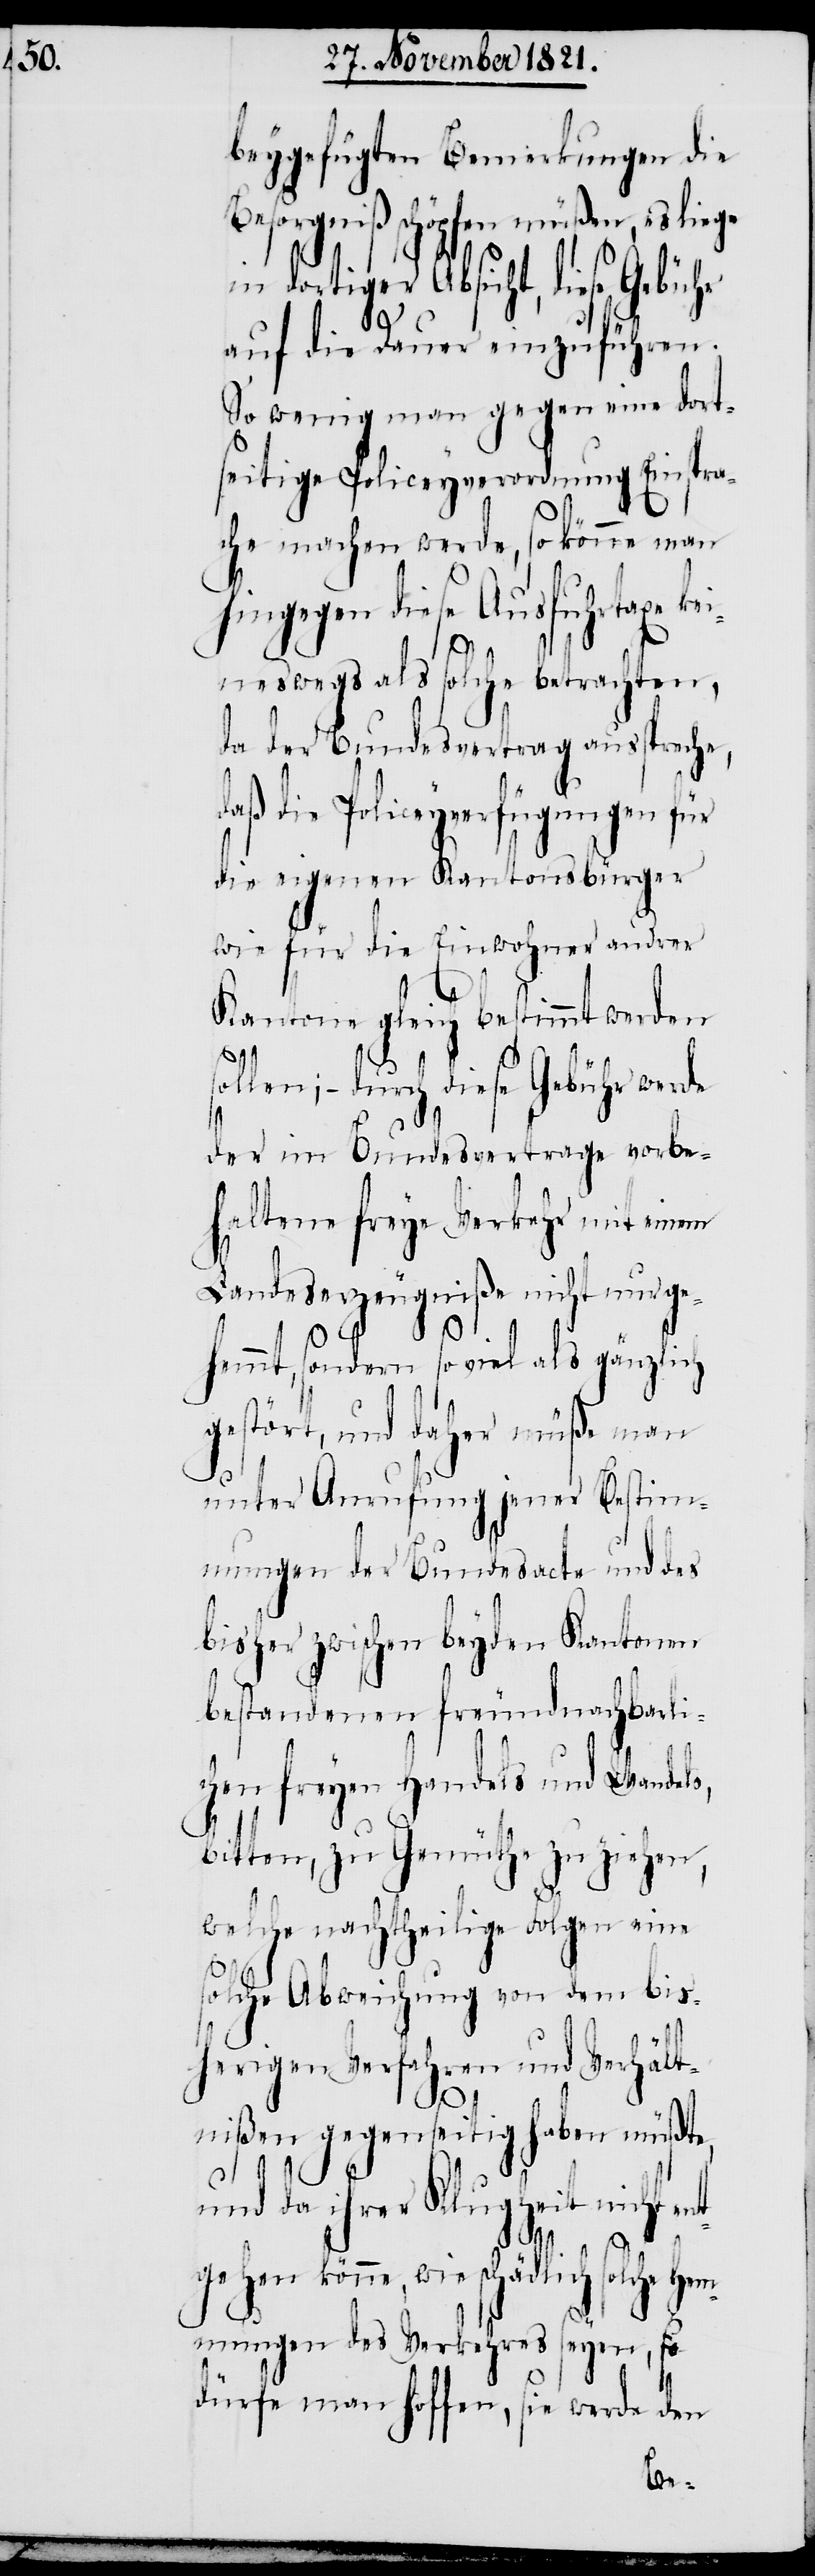
beygefügten Bemerkungen die
sorgniß schöpfen müßen, es
ädlich solche
auf die Dauer einzuführen.
So wenig man gegen eine dort¬
seitige Policeyverordnung Einspra¬
che machen werde, so könne man
hingegen diese Ausfuhrtaxe k¬
eineswegs als solche betrachten,
da der Bundesvertrag ausspreche,
daß die Policeyverfügungen für
die eigenen Kantonsbürger
wie für die Einwohner andrer
Kantone gleich bestimmt werden
ollen; – durch diese Gebühr werde
der im Bundesvertrage vorbe¬
haltene freye Verkehr mit einem
Landeserzeugniße nicht nur ge¬
He¬
hemmt, sondern so viel als gänzlich
gestört, und daher müße man
unter Anrufung jener Bestimm¬
ungen der Bundesacte und des
bisher zwischen beyden Kantonen
bestandenen freundnachbarli¬
chen freyen Handels und Wandels,
bitten, zu Gemüthe zu ziehen,
welche nachtheilige Folgen eine
solche Abweichung von dem bis¬
herigen Verfahren und Verhält¬
nißen gegenseitig haben müßte,
und da ihrer Klugheit nicht ent¬
gehen könne, wie sch¬
mmungen des Verkehres seyen, so
dürfe man hoffen, sie werde den
Be¬